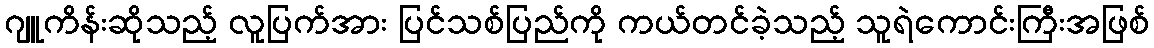
ဂျူကိန်းဆိုသည့် လူပြက်အား ပြင်သစ်ပြည်ကို ကယ်တင်ခဲ့သည့် သူရဲကောင်းကြီးအဖြစ်